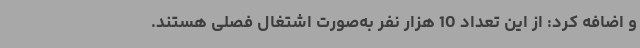
و اضافه کرد: از این تعداد 10 هزار نفر به‌صورت اشتغال فصلی هستند.